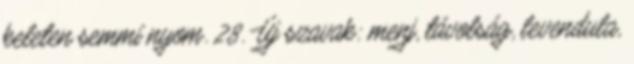
keleten semmi nyom. 28. Új szavak: menj, távolság, levendula,